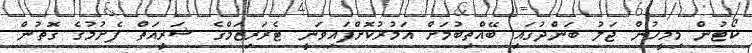
ކޯޓުން މިމީހުން ޖަލު ބަންދުގައި ބޭއްތިބުމަށް އަމުރުކޮށްފައިވަނީ ޓެރަރިޒަމްގެ ޝަރީއަތް ފެށުމުގެ ގޮތުން